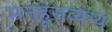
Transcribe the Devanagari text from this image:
मनहूसव्यंग्य